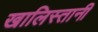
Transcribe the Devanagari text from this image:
खालिस्तानी